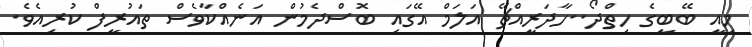
މިއީ ބޭބީގެ ހިތްދޯ..ހާދަރީއްޗޭ އަލަމް އޭގައި ބޮސްދެމުން އަނެއްކާވެސް ތައުރީފް ކުރިއެވެ.